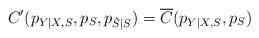
LaTeX: \begin{align*}C'(p_{Y|X,S},p_S,p_{\tilde{S}|S})=\overline{C}(p_{Y|X,S},p_S)\end{align*}